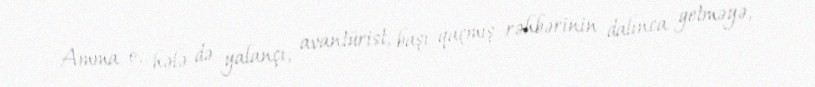
Amma o, hələ də yalançı, avantürist, başı qaçmış rəhbərinin dalınca getməyə,